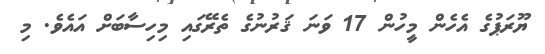
ޔޫރަޕުގެ އެހެން މީހުން 17 ވަނަ ޤަރުނުގެ ތެރޭގައި މިހިސާބަށް އައެވެ. މި